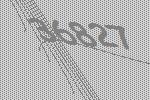
36827